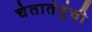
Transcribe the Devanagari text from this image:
चेतातंतूंची